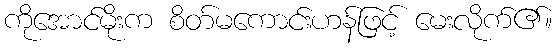
ကိုအောင်မိုးက စိတ်မကောင်းဟန်ဖြင့် မေးလိုက်၏။